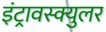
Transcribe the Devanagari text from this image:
इंट्रावस्क्युलर